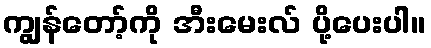
ကျွန်တော့်ကို အီးမေးလ် ပို့ပေးပါ။